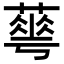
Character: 𦻏